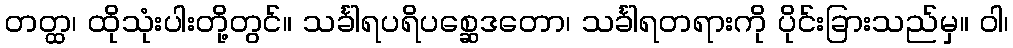
တတ္ထ၊ ထိုသုံးပါးတို့တွင်။ သင်္ခါရပရိပစ္ဆေဒတော၊ သင်္ခါရတရားကို ပိုင်းခြားသည်မှ။ ဝါ၊